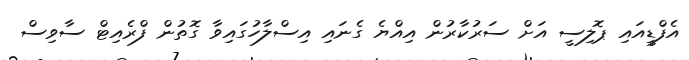
އެފްޑީއައި ޕޮލިސީ އަށް ސަރުކާރުން އިއްޔެ ގެނައި އިސްލާހުގައިވާ ގޮތުން ފްރެއިޓް ސާވިސް